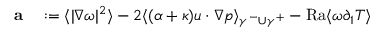
\begin{array} { r l } { \mathbf { a } } & { { } : = \langle | \nabla \omega | ^ { 2 } \rangle - 2 \langle ( \alpha + \kappa ) u \cdot \nabla p \rangle _ { \gamma ^ { - } \cup \gamma ^ { + } } - \mathrm { { R a } } \langle \omega \partial _ { 1 } T \rangle } \end{array}